Document type: Recognition
Year: 1437
Scribe: Pere Ponçgem
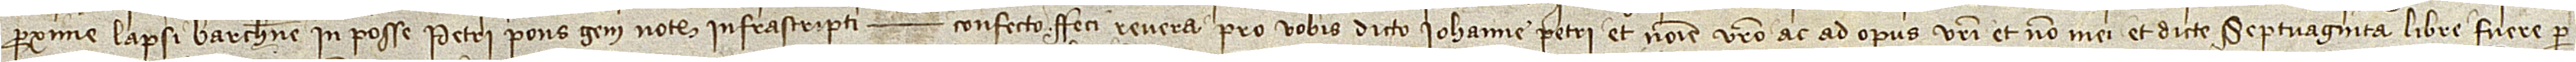
proxime lapsi Barchinone, in posse Petri Ponsgem, notarii infrascripti, confecto, feci revera pro vobis dicto Iohanne Petri et nomine vestro ac ad opus vestri, et non mei, et dicte septuaginta libre fuere per